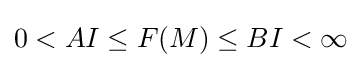
0<AI\leq F(M)\leq BI<\infty